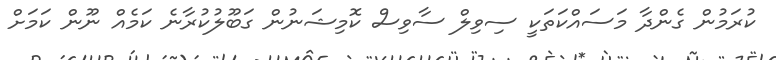
ކުރަމުން ގެންދާ މަސައްކަތަކީ ސިވިލް ސާވިސް ކޮމިޝަނުން ގަބޫލުކުރާނެ ކަމެއް ނޫން ކަމަށް